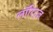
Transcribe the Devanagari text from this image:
लॉरिट्ज़